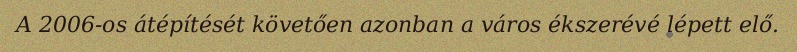
A 2006-os átépítését követően azonban a város ékszerévé lépett elő.